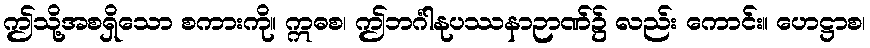
ဤသို့အစရှိသော စကားကို။ ဣဓစ၊ ဤဘင်္ဂါနုပဿနာဉာဏ်၌ လည်း ကောင်း။ ဟေဋ္ဌာစ၊